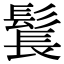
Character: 𩭨